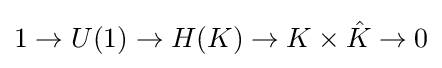
1\to U(1)\to H(K)\to K\times {\hat {K}}\to 0